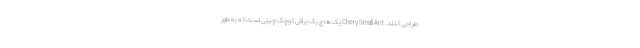
طراحی کنند. Chery Small Ant یک هاچ بک برقی کوچک چینی است که به طور